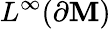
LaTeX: L^{\infty}(\partial\mathbf{M})